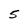
Character: 5